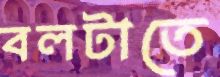
বলটাতে